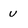
Character: U